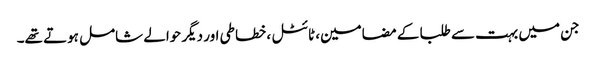
جن میں بہت سے طلبا کے مضامین، ٹائٹل ، خطاطی اور دیگر حوالے شامل ہوتے تھے۔